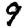
Digit: 9